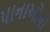
પાનાઓનો